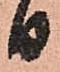
日